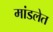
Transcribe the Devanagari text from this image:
मांडलेत